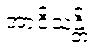
အာဝိသန္တိ